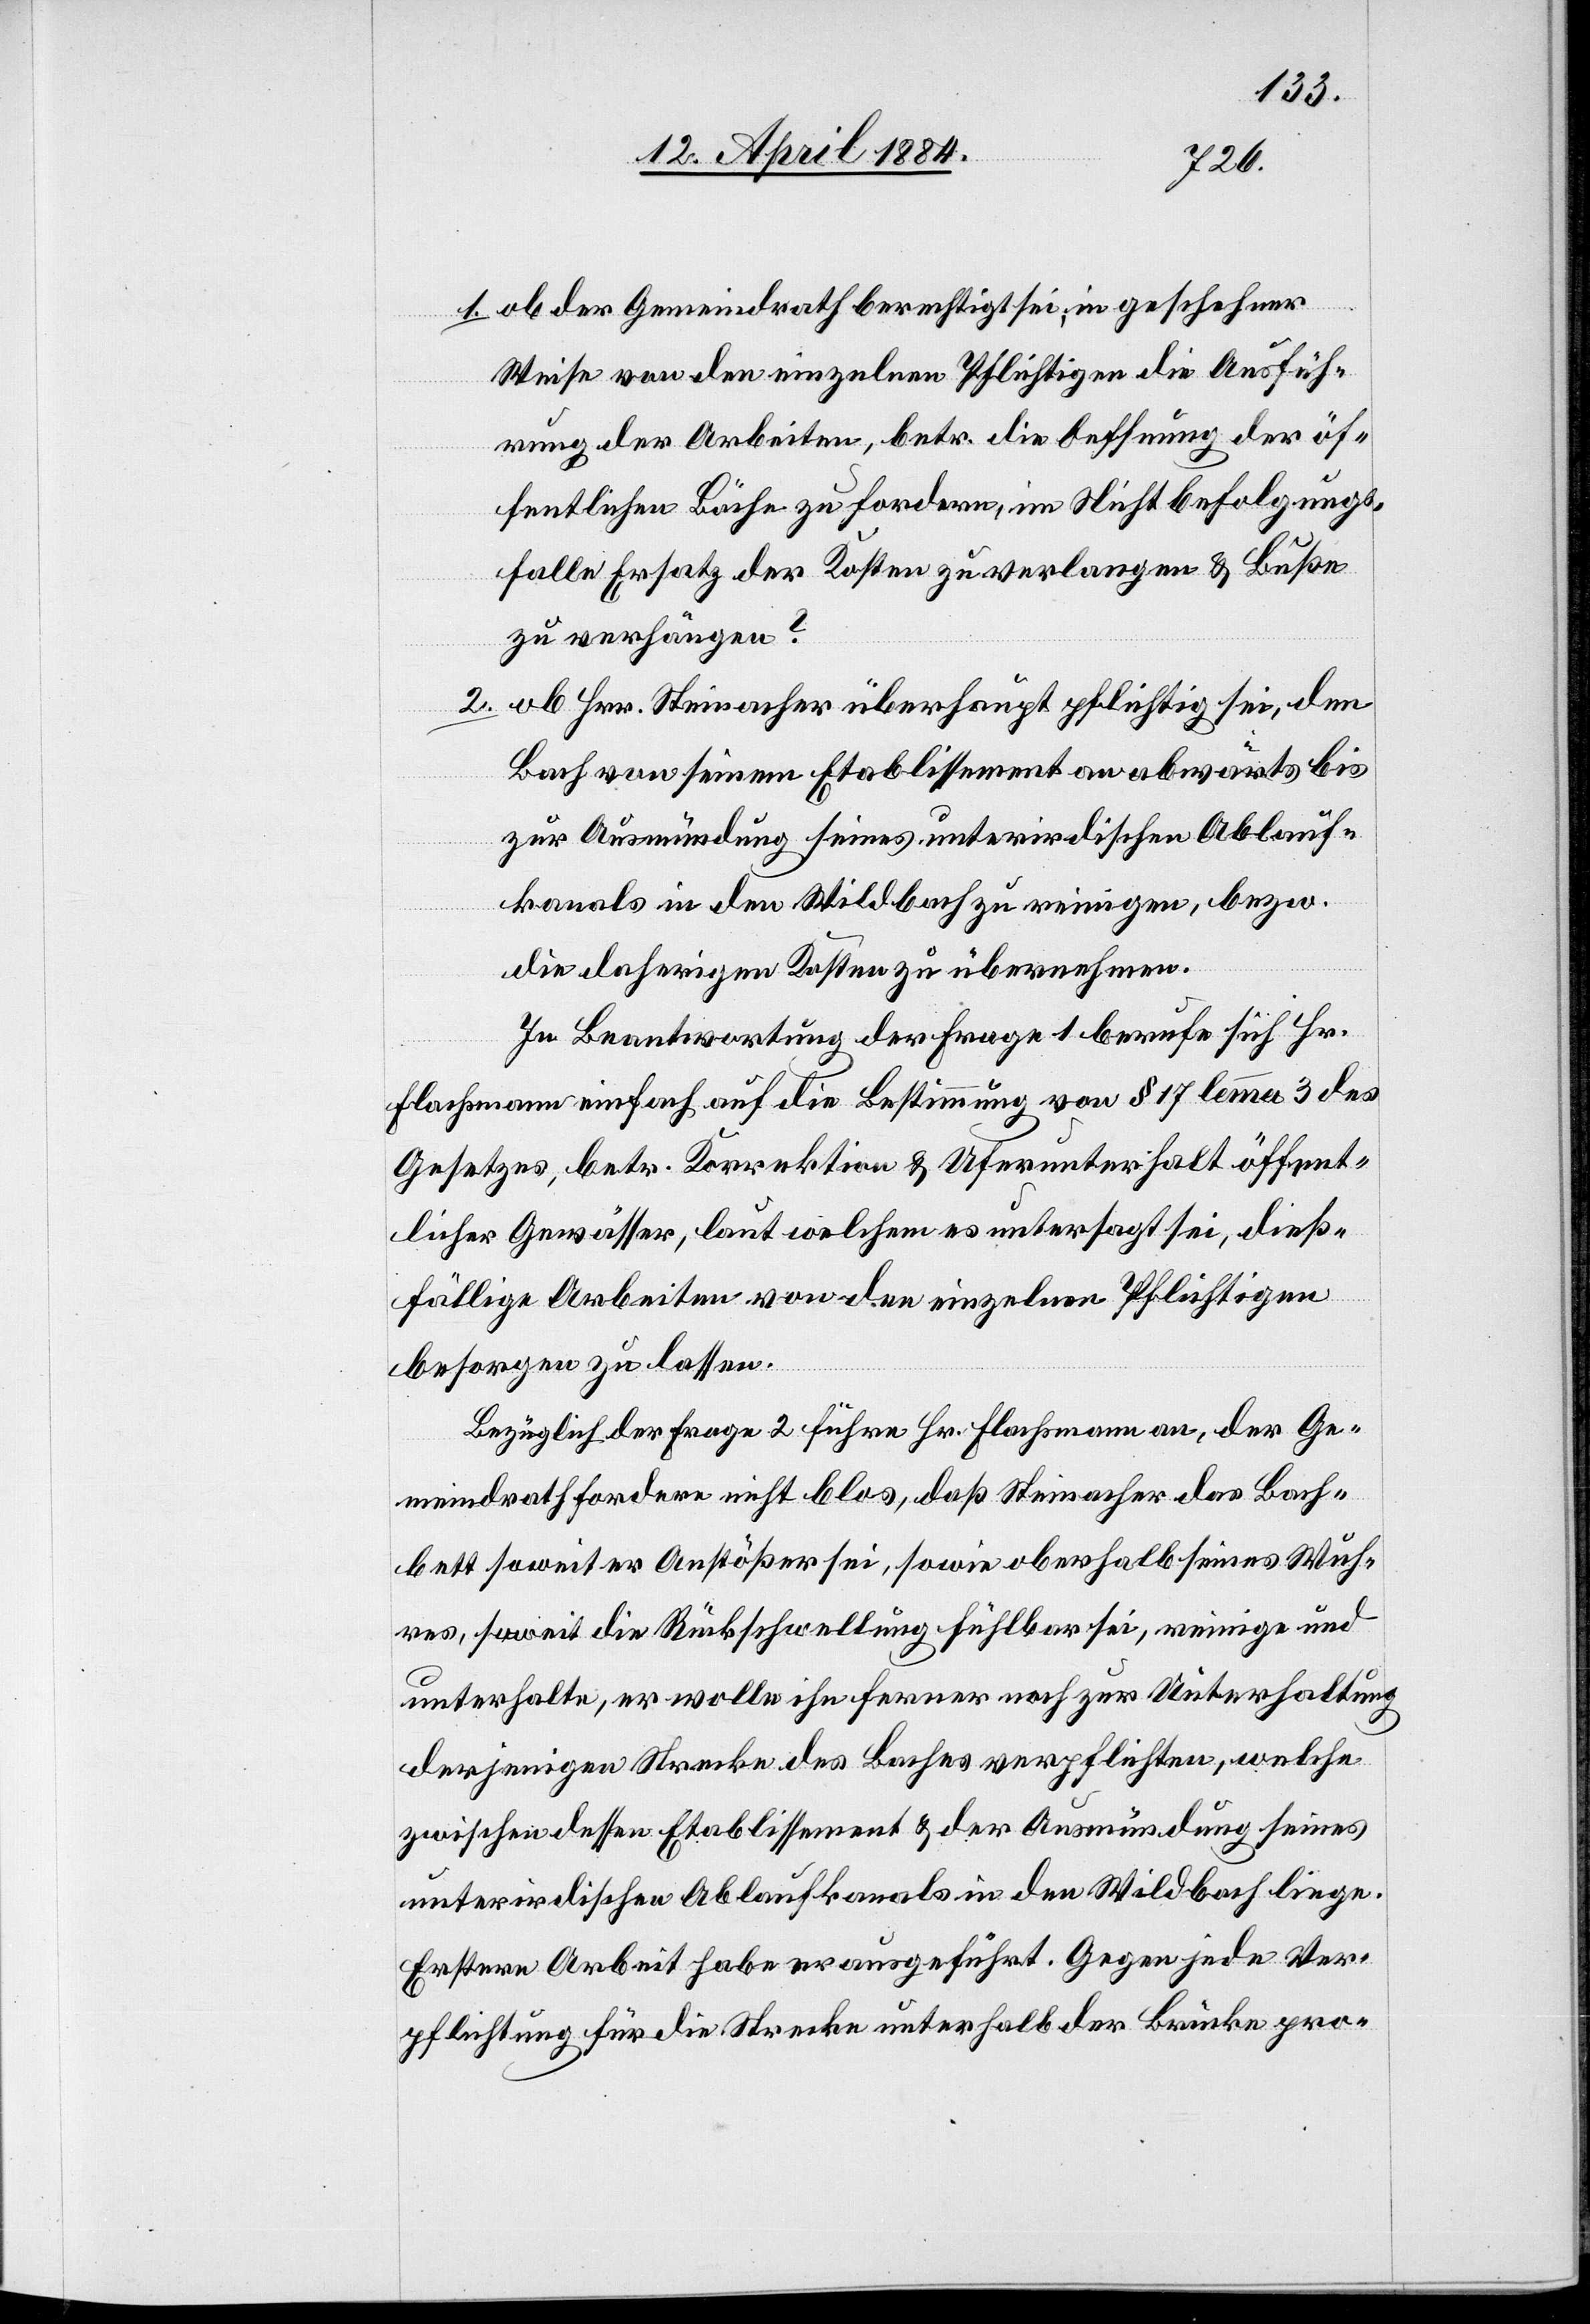
dem
2.
1. ob der Gemeindrath berechtigt sei, in geschehener
Weise von den einzelnen Pflichtigen die Ausfüh¬
rung der Arbeiten, betr. die Oeffnung der öf¬
fentlichen Bäche zu fordern, im Nichtbefolgungs¬
falle Ersatz der Kosten zu verlangen & Buße
zu verhängen?
Bach von seinem Etablissement an abwärts bis
zur Ausmündung seines unterirdischen Ablauf¬
kanals in den Wildbach zu reinigen, bezw.
die daherigen Kosten zu übernehmen.
In Beantwortung der Frage 1 berufe sich Hr.
Flachsmann einfach auf die Bestimmung von § 17 lemma 3 des
Gesetzes, betr. Korrektion & Uferunterhalt öffent¬
licher Gewässer, laut welchem es untersagt sei, dieß¬
fällige Arbeiten von den einzelnen Pflichtigen
besorgen zu lassen.
Bezüglich der Frage 2 führe Hr. Flachsmann an, der Ge¬
meindrath fordere nicht blos, daß Steinacher das Bach¬
bett soweit er Anstößer sei, sowie oberhalb seines Wuh¬
res, soweit die Rückschwellung fühlbar sei, reinige und
unterhalte, er wolle ihn ferner noch zur Unterhaltung
derjenigen Strecke des Baches verpflichten, welche
zwischen dessen Etablissement & der Ausmündung seines
unterirdischen Ablaufkanals in den Wildbach liege.
Erstere Arbeit habe er ausgeführt. Gegen jede Ver¬
pflichtung für die Strecke unterhalb der Brücke pro-